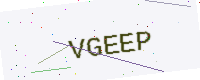
Text: VGEEP